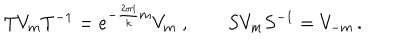
T V _ { m } T ^ { - 1 } = e ^ { - \frac { 2 \pi i } { k } m } V _ { m } \; , \qquad S V _ { m } S ^ { - 1 } = V _ { - m } \, .